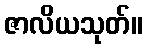
ဇာလိယသုတ်။